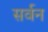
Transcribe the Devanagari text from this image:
सर्वन